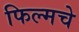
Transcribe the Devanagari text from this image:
फिल्मचे